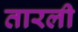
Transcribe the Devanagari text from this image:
तारली